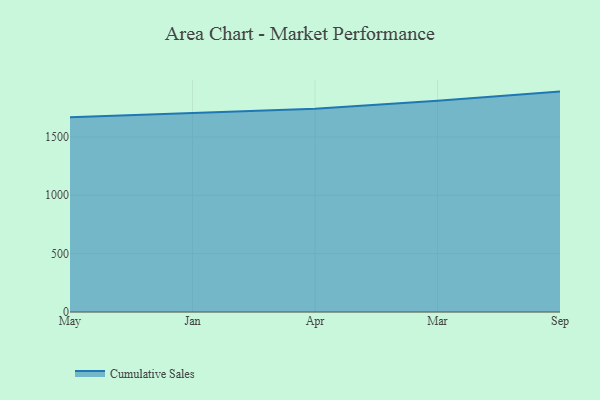
{"axis": {"x": "Month", "y": "Humidity (%)"}, "legend": ["Cumulative Sales"], "data": [{"x": "May", "y": 1669.1, "type": "Cumulative Sales"}, {"x": "Jan", "y": 1707.3, "type": "Cumulative Sales"}, {"x": "Apr", "y": 1741.4, "type": "Cumulative Sales"}, {"x": "Mar", "y": 1809.0, "type": "Cumulative Sales"}, {"x": "Sep", "y": 1888.4, "type": "Cumulative Sales"}]}